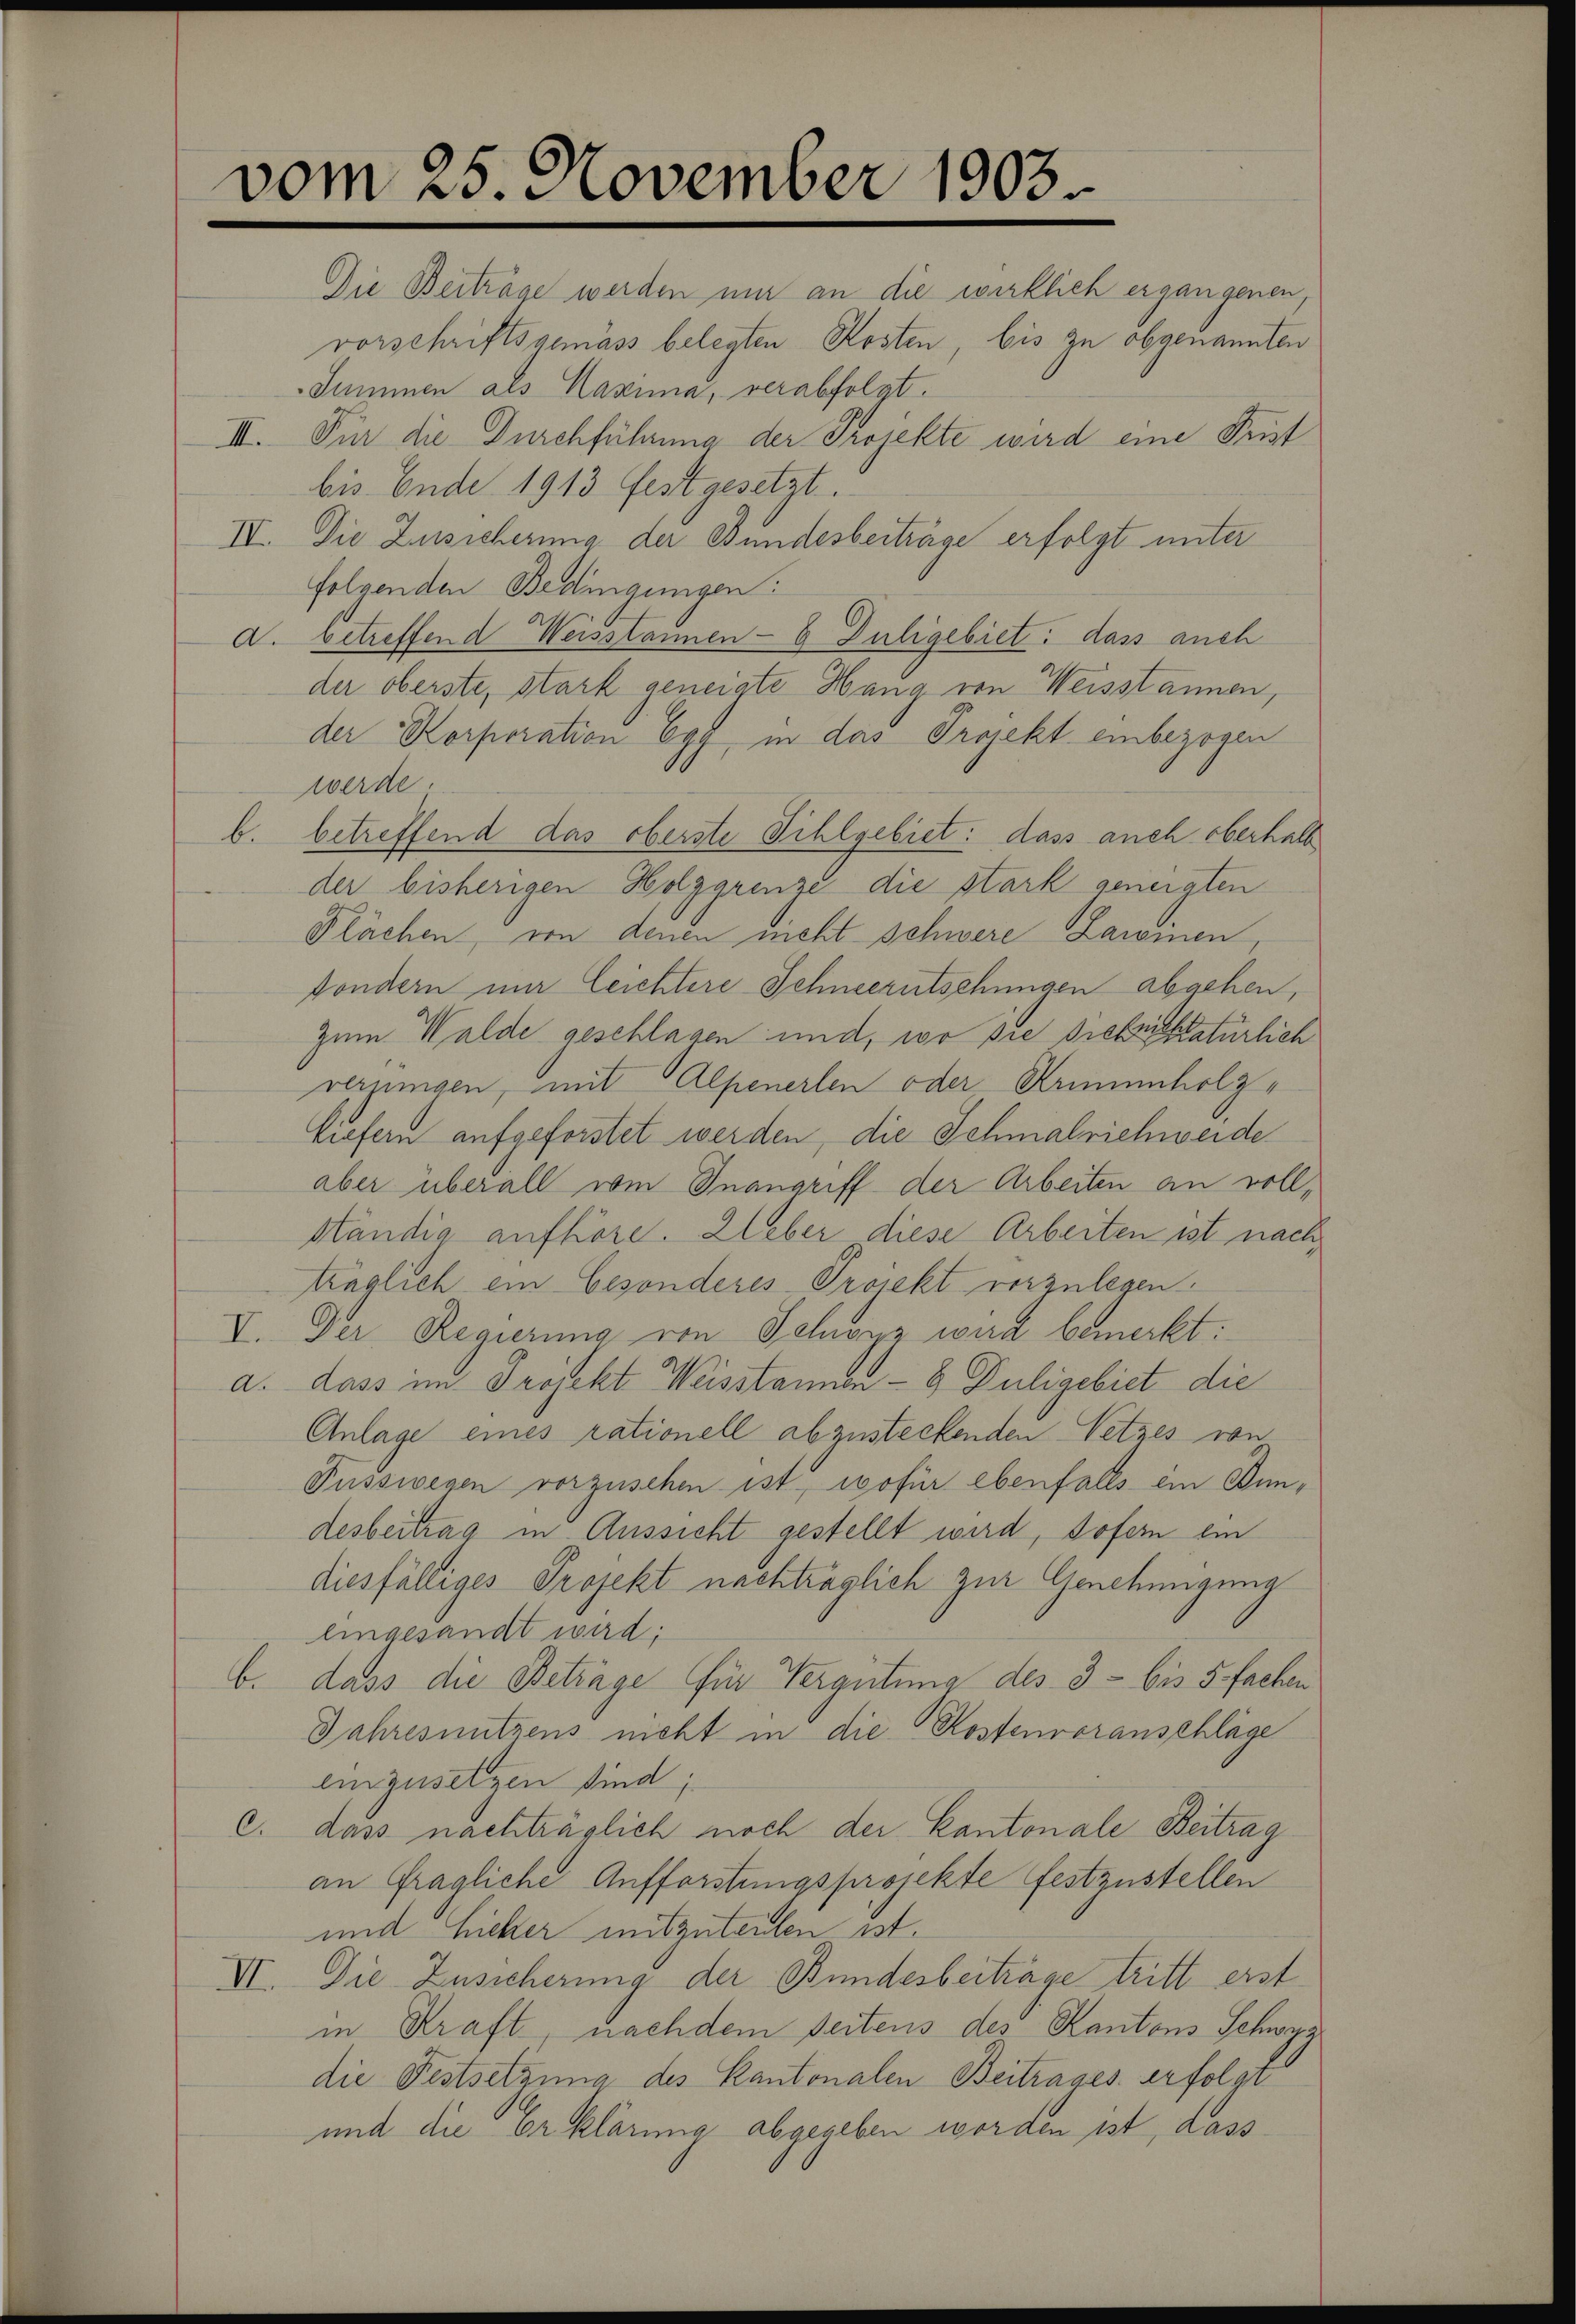
vom 25. November 1903

bis Ende 1913 festgesetzt.
IV. Die Zusicherung der Bundesbeiträge erfolgt unter
folgenden Bedingungen:
A. betreffend Weisstannen - 6 Juligebiet: dass auch
der oberste, stark geneigte Hang von Weisstannen,
der Korporation Egg, in das Projekt einbezogen
werde.
b. betreffend das oberste Sihlgebiet: dass auch oberhalb
der bisherigen Holzgrenze die stark geneigten
Plächen, von denen nicht schwere Lawinen
sondern im Leichtere Schneerutschungen abgehen,
Zum Walde geschlagen und, wo die Diebsichtatürlich
verungen, mit Alpenerlen oder Armenholztiefern aufgeforstet werden, die Schmalrichweide
aber überall wie Inangriff der Arbeiten an voll¬
Htändig aufhöre. Weber diese Arbeiten ist nach,
träglich ein besonderes Projekt vorzulegen.
X. Der Regierung von Schwyz wird bemerkt:
a. dass im Projekt Weisstannen- & Duligebiet die
Anlage eines rationell abzusteckenden Netzes von
Fusswegen vorzusehen ist, wofür ebenfalls ein Bundesbeitrag in Aussicht gestellt wird, sofern ein
diesfälliges Projekt nachträglich zur Genehmigung
eingesandt wird;
b. dass die Betrage für Vergütung des 3 - bis 5. fachen
Jahresnutzens nicht in die Kostenvoranschläge
einzusetzen sind;
c. dass nachträglich noch der Kantonale Beitrag
an fragliche Aufforstungsprojekte festzustellen
und Lieber mitzuteilen ist.
VI. Die Zusicherung der Bundesbeiträge tritt erst
in Kraft, nachdem Seitens des Kantons Schwyz
die Festsetzung des Kantonalen Beitrages erfolgt
und die erklärung abgegeben worden ist, dass

Die Beiträge werden nur an die wirklich ergangenen,
vorschriftsgemäss belegten Kosten, bis zu obgenannten
Summen als Kasina, verabfolgt.
III. Für die Durchführung der Projekte wird eine Frist